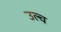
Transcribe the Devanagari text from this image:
उल्व